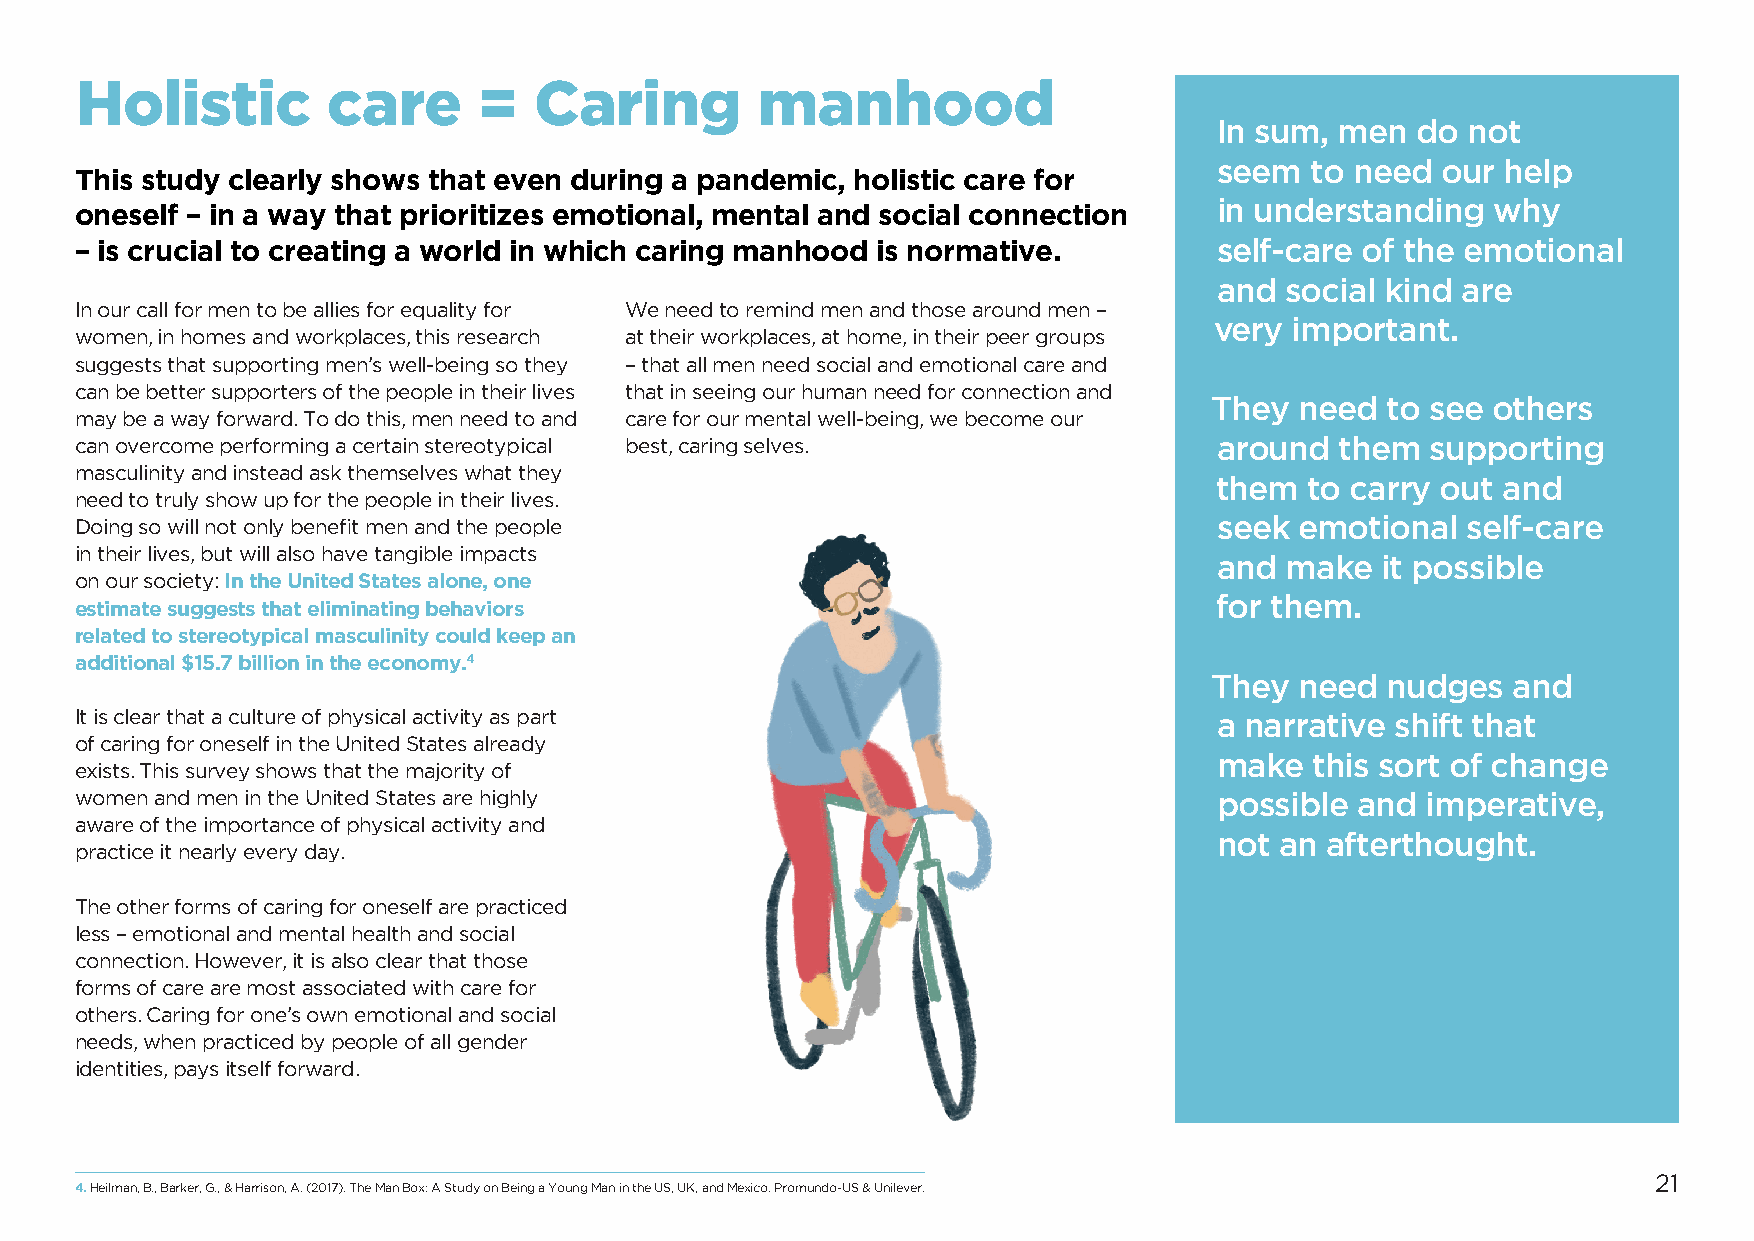
Holistic         care      =  Caring         manhood
 In sum, men  do not
 seem  to need our  help
 This study clearly shows that even during a pandemic, holistic care for
 in understanding  why
 oneself – in a way that prioritizes emotional, mental and social connection
 – is crucial to creating a world in which caring manhood is normative.      self-care of the emotional
 and social kind are
 In our call for men to be allies for equality for We need to remind men and those around men –
 very  important.
 women, in homes and workplaces, this research at their workplaces, at home, in their peer groups
 suggests that supporting men’s well-being so they – that all men need social and emotional care and
 can be better supporters of the people in their lives that in seeing our human need for connection and
 They  need  to see others
 may be a way forward. To do this, men need to and care for our mental well-being, we become our
 can overcome performing a certain stereotypical best, caring selves.        around  them  supporting
 masculinity and instead ask themselves what they
 them  to carry out and
 need to truly show up for the people in their lives.
 Doing so will not only benefit men and the people                           seek emotional  self-care
 in their lives, but will also have tangible impacts
 and make  it possible
 on our society: In the United States alone, one
 for them.
 estimate suggests that eliminating behaviors
 related to stereotypical masculinity could keep an
 additional $15.7 billion in the economy.4
 They  need  nudges  and
 It is clear that a culture of physical activity as part                     a narrative shift that
 of caring for oneself in the United States already
 make  this sort of change
 exists. This survey shows that the majority of
 women and men in the United States are highly                               possible and imperative,
 aware of the importance of physical activity and
 not an afterthought.
 practice it nearly every day.
 The other forms of caring for oneself are practiced
 less – emotional and mental health and social
 connection. However, it is also clear that those
 forms of care are most associated with care for
 others. Caring for one’s own emotional and social
 needs, when practiced by people of all gender
 identities, pays itself forward.
 21
 4. Heilman, B., Barker, G., & Harrison, A. (2017). The Man Box: A Study on Being a Young Man in the US, UK, and Mexico. Promundo-US & Unilever.